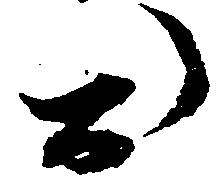
於